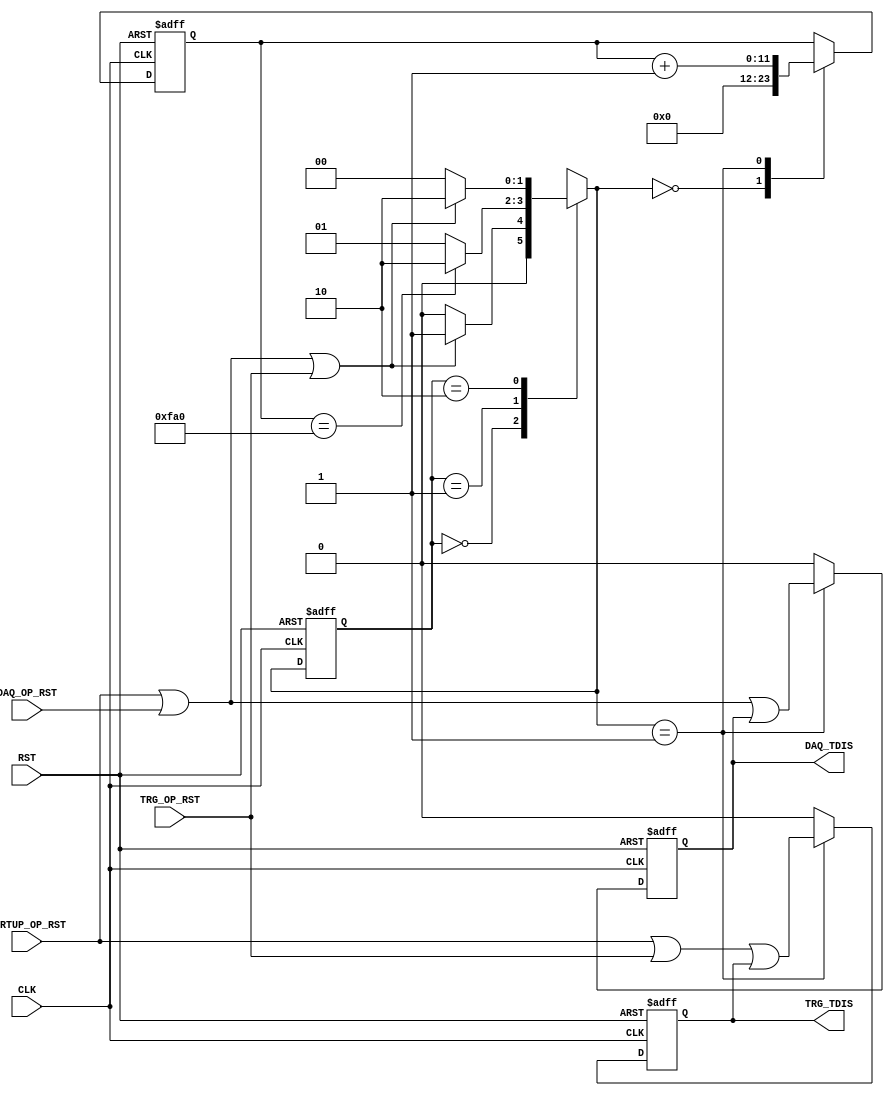

// Created by fizzim_tmr.pl version $Revision: 4.44 on 2016:06:27 at 14:57:51 (www.fizzim.com)

module op_link_rst_FSM 
  #(
    parameter PULSE_DUR = 12'd4000
  )(
  output reg DAQ_TDIS,
  output reg TRG_TDIS,
  input CLK,
  input DAQ_OP_RST,
  input RST,
  input STRTUP_OP_RST,
  input TRG_OP_RST 
);

  // state bits
  parameter 
  Idle   = 2'b00, 
  Tx_Dis = 2'b01, 
  Wait   = 2'b10; 

  reg [1:0] state;


  reg [1:0] nextstate;


  reg [11:0] cnt;
  reg daq_tdis_i;
  reg trg_tdis_i;

  // comb always block
  always @* begin
    nextstate = 2'bxx; // default to x because default_state_is_x is set
    DAQ_TDIS = daq_tdis_i; // default
    TRG_TDIS = trg_tdis_i; // default
    case (state)
      Idle  : if (STRTUP_OP_RST || DAQ_OP_RST || TRG_OP_RST)     nextstate = Tx_Dis;
              else                                               nextstate = Idle;
      Tx_Dis: if (cnt == PULSE_DUR)                              nextstate = Wait;
              else                                               nextstate = Tx_Dis;
      Wait  : if (!(STRTUP_OP_RST || DAQ_OP_RST || TRG_OP_RST))  nextstate = Idle;
              else                                               nextstate = Wait;
    endcase
  end

  // Assign reg'd outputs to state bits

  // sequential always block
  always @(posedge CLK or posedge RST) begin
    if (RST)
      state <= Idle;
    else
      state <= nextstate;
  end

  // datapath sequential always block
  always @(posedge CLK or posedge RST) begin
    if (RST) begin
      cnt <= 12'h000;
      daq_tdis_i <= 0;
      trg_tdis_i <= 0;
    end
    else begin
      cnt <= cnt; // default
      daq_tdis_i <= 0; // default
      trg_tdis_i <= 0; // default
      case (nextstate)
        Idle  :        cnt <= 12'h000;
        Tx_Dis: begin
                       cnt <= cnt + 1;
                       daq_tdis_i <= STRTUP_OP_RST || DAQ_OP_RST || daq_tdis_i;
                       trg_tdis_i <= STRTUP_OP_RST || TRG_OP_RST || trg_tdis_i;
        end
      endcase
    end
  end

  // This code allows you to see state names in simulation
  `ifndef SYNTHESIS
  reg [47:0] statename;
  always @* begin
    case (state)
      Idle  :  statename = "Idle";
      Tx_Dis:  statename = "Tx_Dis";
      Wait  :  statename = "Wait";
      default: statename = "XXXXXX";
    endcase
  end
  `endif

endmodule